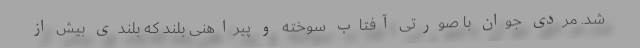
شد. مردی جوان با صورتی آفتاب سوخته و پیراهنی بلند که بلندیِ بیش از